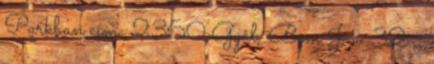
Parkban cím: 2360 Gyál, Bem J. u. 32. ,